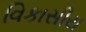
વિકાસીય